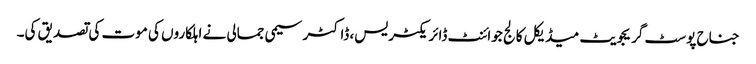
جناح پوسٹ گریجویٹ میڈیکل کالج جوائنٹ ڈائریکٹر یس، ڈاکٹر سیمی جمالی نے اہلکاروں کی موت کی تصدیق کی۔